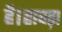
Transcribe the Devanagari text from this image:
है।हावड़ा